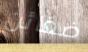
ضغائن